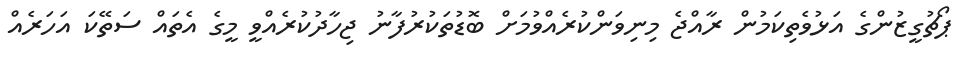
ޕޯޗުގީޒުންގެ އަޅުވެތިކަމުން ރާއްޖެ މިނިވަންކުރެއްވުމަށް ބޮޑުތަކުރުފާނު ޖިހާދުކުރެއްވީ މީގެ އެތައް ސަތޭކަ އަހަރެއް